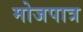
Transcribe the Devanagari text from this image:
मोजपात्र